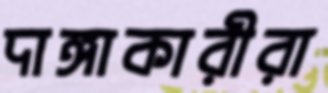
দাঙ্গাকারীরা